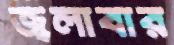
জ্বলাবার